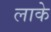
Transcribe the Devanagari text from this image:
लाके